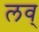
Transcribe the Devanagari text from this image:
लव्